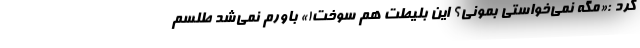
کرد :«مگه نمی‌خواستی بمونی؟ این بلیطت هم سوخت!» باورم نمی‌شد طلسم